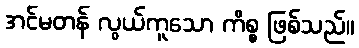
အင်မတန် လွယ်ကူသော ကိစ္စ ဖြစ်သည်။